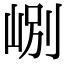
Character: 𡷘